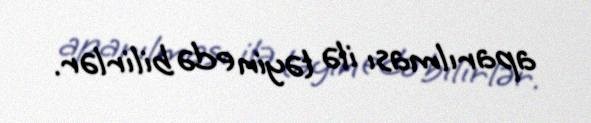
aparılması ilə təyin edə bilirlər.